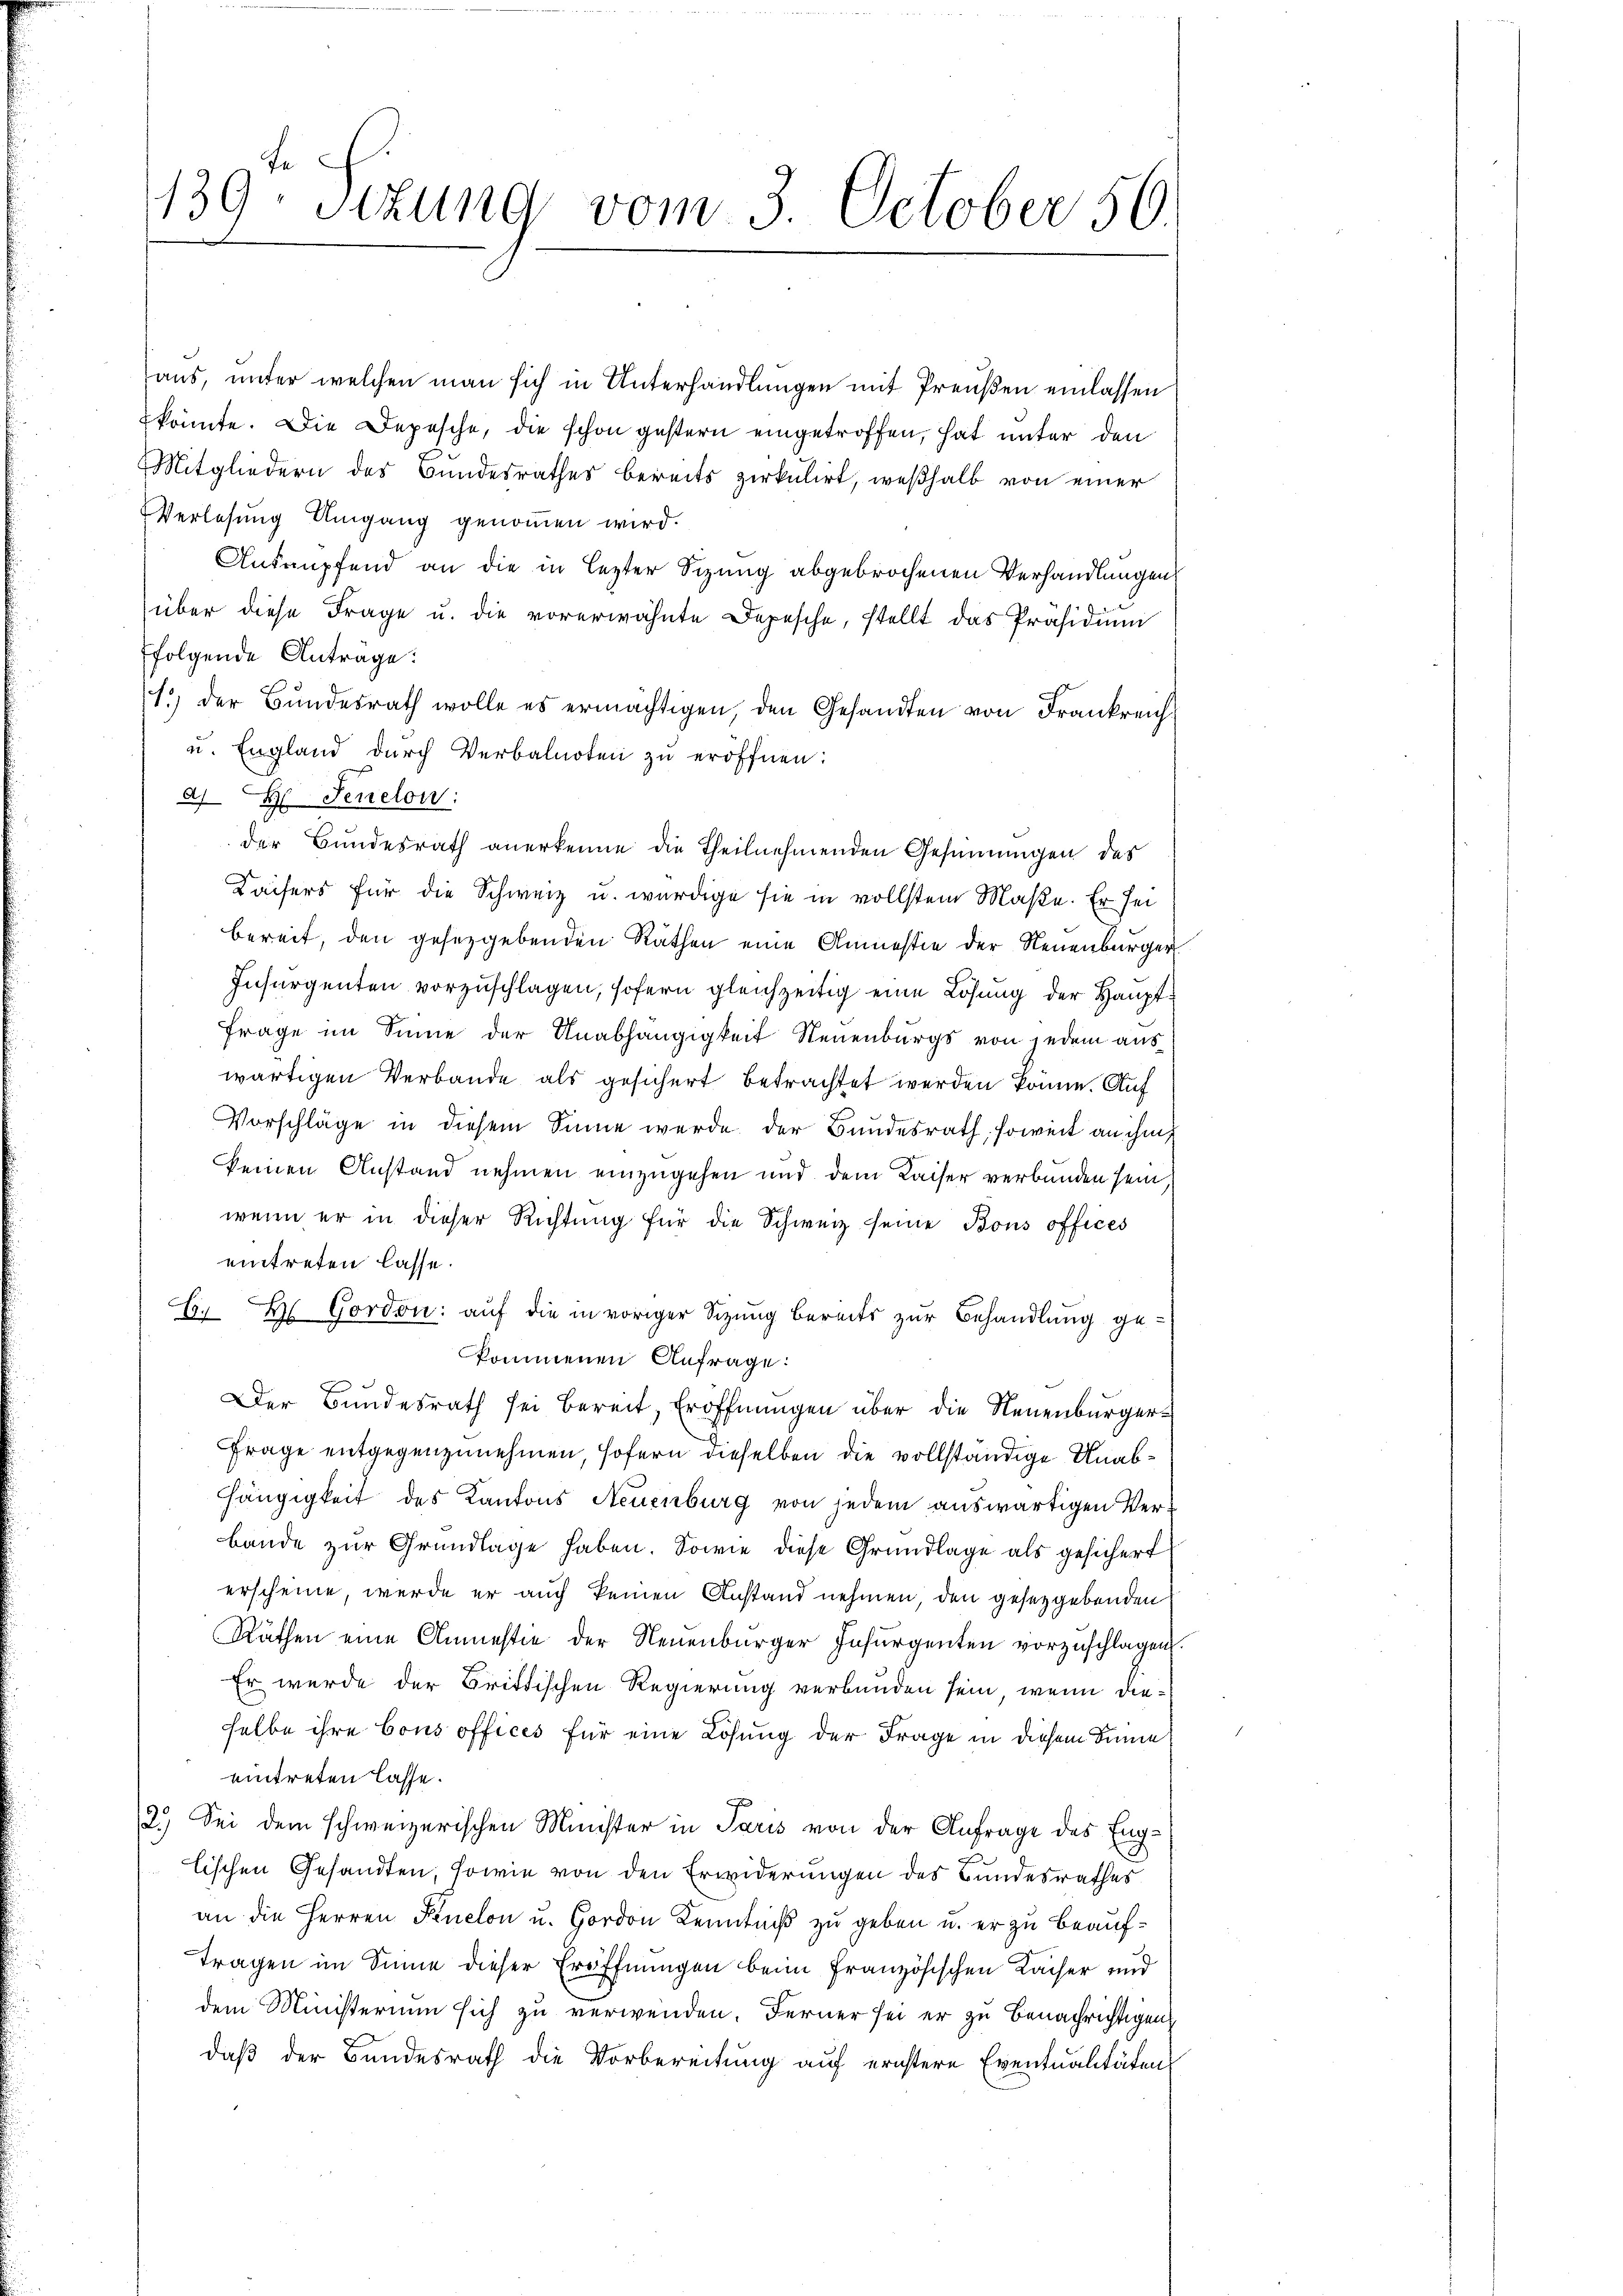
139. Sizung vom 3. October 56

aus, unter welchen man sich in Unterhandlungen mit Preußen einlassen
könnte. Die Depesche, die schon gestern eingetroffen, hat unter den
Mitgliedern des Bundesrathes bereits zirkulirt, weßhalb von einer
Verlesung Umgang genommen wird.
Anknüpfend an die in lezter Sizung abgebrochenen Verhandlungen
über diese Frage u. die vorerwähnte Depesche, stellt das Präsidium
folgende Anträge:
1.) der Bundesrath wolle es ermächtigen, den Gesandten von Frankreich
u. England durch Verbalnoten zu eröffnen:
a H Senelon:
der Bundesrath anerkenne die Theilnehmenden Gesinnungen des
Kaisers für die Schweiz u. würdige sie in vollstem Maße. Er sei
bereit, den gesetzgebenden Rathen eine Anmestie der Neuenburger
Insargenten vorzuschlagen, sofern gleichzeitig eine Lösung der Haupt¬
Frage im Sinne der Unabhängigkeit Neuenburgs von jedem auswärtigen Verbande als gesichert betrachtet werden könne. Auf
Vorschläge in diesem Sinne werde der Bundesrath, soweit an ihm
keinen Anstand nehmen einzugehen und dem Kaiser verbunden sein
wenn er in dieser Richtung für die Schweiz seine Bons offices
eintreten lasse.
E. H. Gordon: auf die in voriger Sizung bereits zur Behandlung gekommenen Anfrage:
g
7
Der Bundesrath sei bereit, Eröffnungen über die Neuenburger¬
Frage entgegenzunehmen, sofern dieselben die vollständige Unabhängigkeit des Kantons Neuenburg von jedem auswärtigen Verbande zur Grundlage haben. Sowie diese Grundlage als gesichert
erscheine werde er auch keinen Anstand nehmen, den gesetzgebenden
Räthen eine Anmestie der Neuenburger Insurgenten vorzuschlagen.
Er wurde der Brittischen Regierung verbunden sein, wenn dieselbe ihre Cous offices für eine Lösung der Frage in diesem Sinne
eintreten lasse.
2.) Sei dem schweizerischen Minister in Paris von der Anfrage des Englischen Gesandten, sowie von den Erwiderungen des Bundesrathes
an die Herren Finelon u. Hordon Kenntniß zu geben u. er zu beauf¬
Tragen im Sinne dieser Eröffnungen beim französischen Kaiser und
dem Ministerium sich zu verwenden. Ferner sei er zu benachrichtigen
daß der Bundesrath die Vorbereitung auf ernstere Eventualitäten